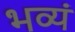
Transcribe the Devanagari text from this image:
भव्यं